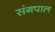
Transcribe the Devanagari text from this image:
संगपाल